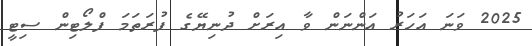
2025 ވަނަ އަހަރު އަންނަން ވާ އިރަށް ދުނިޔޭގެ ފުރަތަމަ ފްލޯޓިން ސިޓީ